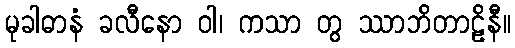
မုခါဓာနံ ခလီနော ဝါ၊ ကသာ တွ ဿာဘိတာဠိနီ။